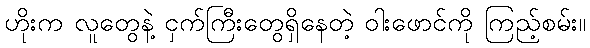
ဟိုးက လူတွေနဲ့ ငှက်ကြီးတွေရှိနေတဲ့ ဝါးဖောင်ကို ကြည့်စမ်း။